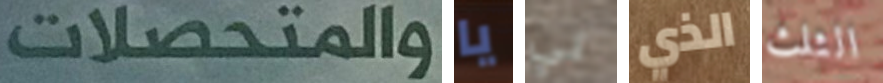
والمتحصلات يا تي الذي الثلث